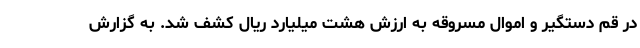
در قم دستگیر و اموال مسروقه به ارزش هشت میلیارد ریال کشف شد. به گزارش